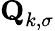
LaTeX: \textbf{Q}_{k,\sigma}